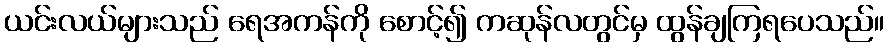
ယင်းလယ်များသည် ရေအကန်ကို စောင့်၍ ကဆုန်လတွင်မှ ထွန်ချကြရပေသည်။